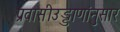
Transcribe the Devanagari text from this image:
प्रवासीउड्डाणांनुसार